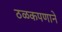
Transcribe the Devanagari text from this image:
ठळकपणाने